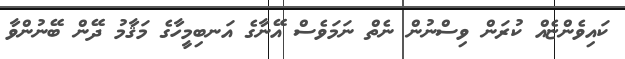
ކައިވެންޏެއް ކުރަން ވިސްނުން ނެތް ނަމަވެސް އޭނާގެ އަނބިމީހާގެ މަޤާމު ދޭން ބޭނުންވާ